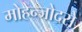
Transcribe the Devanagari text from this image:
मोहेन्जोदरो